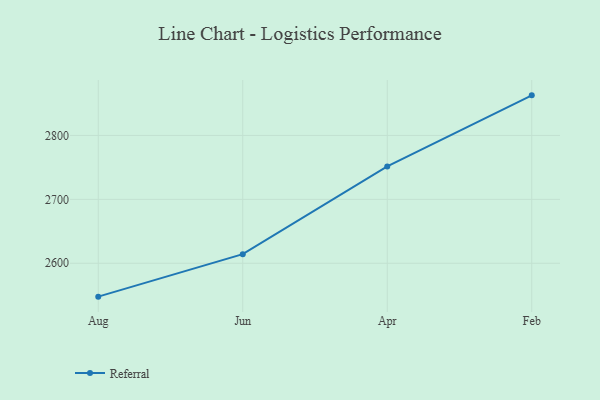
{"axis": {"x": "Month", "y": "Bounce Rate (%)"}, "legend": ["Referral"], "data": [{"x": "Aug", "y": 2547.8, "type": "Referral"}, {"x": "Jun", "y": 2614.2, "type": "Referral"}, {"x": "Apr", "y": 2751.5, "type": "Referral"}, {"x": "Feb", "y": 2862.7, "type": "Referral"}]}